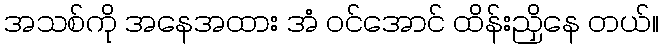
အသစ်ကို အနေအထား အံ ဝင်အောင် ထိန်းညှိနေ တယ်။